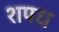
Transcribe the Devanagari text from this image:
शपध